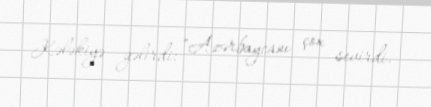
Kələkiyə gəlirdi: "Azərbaycanı çox sevirdi.